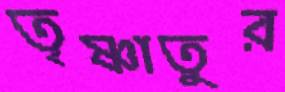
তৃষ্ণাতুর